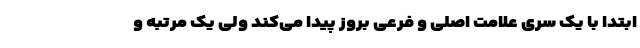
ابتدا با یک سری علامت اصلی و فرعی بروز پیدا می‌کند ولی یک مرتبه و